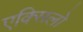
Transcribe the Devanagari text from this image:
एक्सिलो